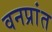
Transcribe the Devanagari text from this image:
वनप्रांत